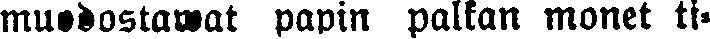
muodotswat papin palkan monet ti-